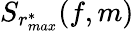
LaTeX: S_{r_{max}^{*}}(f,m)